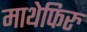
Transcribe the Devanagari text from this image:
माथेफिरु